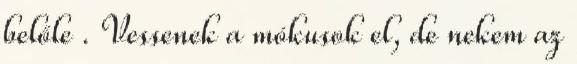
belőle . Vessenek a mókusok el, de nekem az